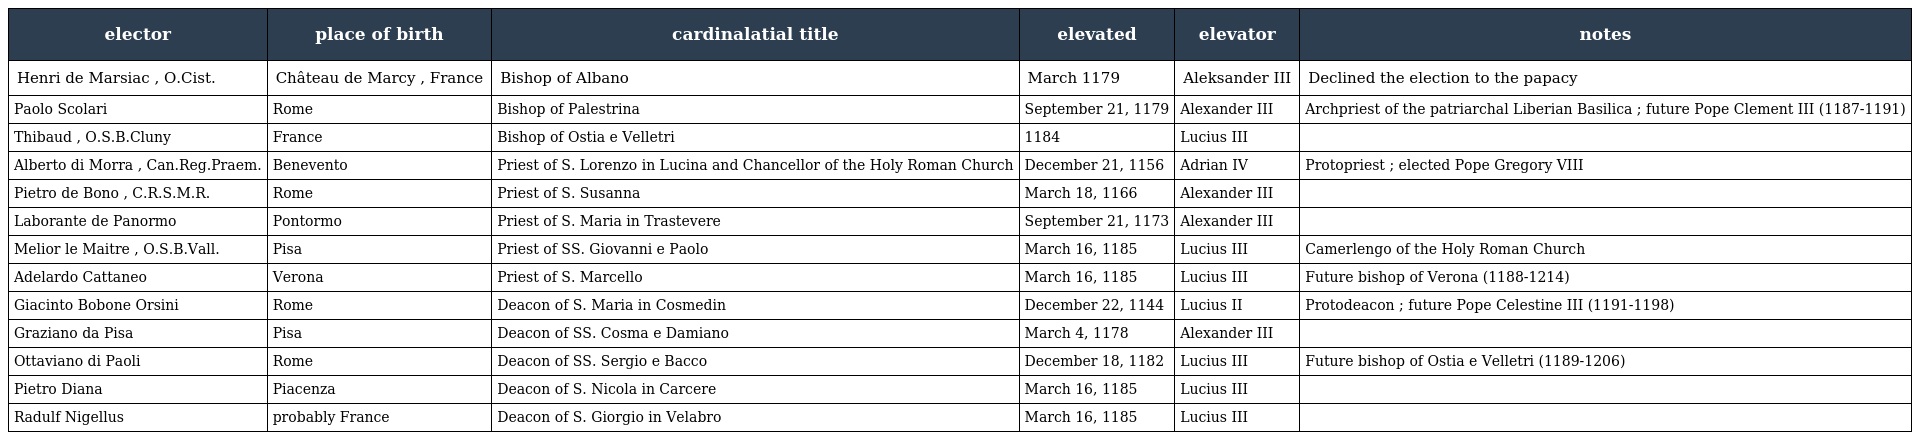
| elector | place of birth | cardinalatial title | elevated | elevator | notes |
 | --- | --- | --- | --- | --- | --- |
 | Henri de Marsiac , O.Cist. | Château de Marcy , France | Bishop of Albano | March 1179 | Aleksander III | Declined the election to the papacy |
 | Paolo Scolari | Rome | Bishop of Palestrina | September 21, 1179 | Alexander III | Archpriest of the patriarchal Liberian Basilica ; future Pope Clement III (1187-1191) |
 | Thibaud , O.S.B.Cluny | France | Bishop of Ostia e Velletri | 1184 | Lucius III |  |
 | Alberto di Morra , Can.Reg.Praem. | Benevento | Priest of S. Lorenzo in Lucina and Chancellor of the Holy Roman Church | December 21, 1156 | Adrian IV | Protopriest ; elected Pope Gregory VIII |
 | Pietro de Bono , C.R.S.M.R. | Rome | Priest of S. Susanna | March 18, 1166 | Alexander III |  |
 | Laborante de Panormo | Pontormo | Priest of S. Maria in Trastevere | September 21, 1173 | Alexander III |  |
 | Melior le Maitre , O.S.B.Vall. | Pisa | Priest of SS. Giovanni e Paolo | March 16, 1185 | Lucius III | Camerlengo of the Holy Roman Church |
 | Adelardo Cattaneo | Verona | Priest of S. Marcello | March 16, 1185 | Lucius III | Future bishop of Verona (1188-1214) |
 | Giacinto Bobone Orsini | Rome | Deacon of S. Maria in Cosmedin | December 22, 1144 | Lucius II | Protodeacon ; future Pope Celestine III (1191-1198) |
 | Graziano da Pisa | Pisa | Deacon of SS. Cosma e Damiano | March 4, 1178 | Alexander III |  |
 | Ottaviano di Paoli | Rome | Deacon of SS. Sergio e Bacco | December 18, 1182 | Lucius III | Future bishop of Ostia e Velletri (1189-1206) |
 | Pietro Diana | Piacenza | Deacon of S. Nicola in Carcere | March 16, 1185 | Lucius III |  |
 | Radulf Nigellus | probably France | Deacon of S. Giorgio in Velabro | March 16, 1185 | Lucius III |  |